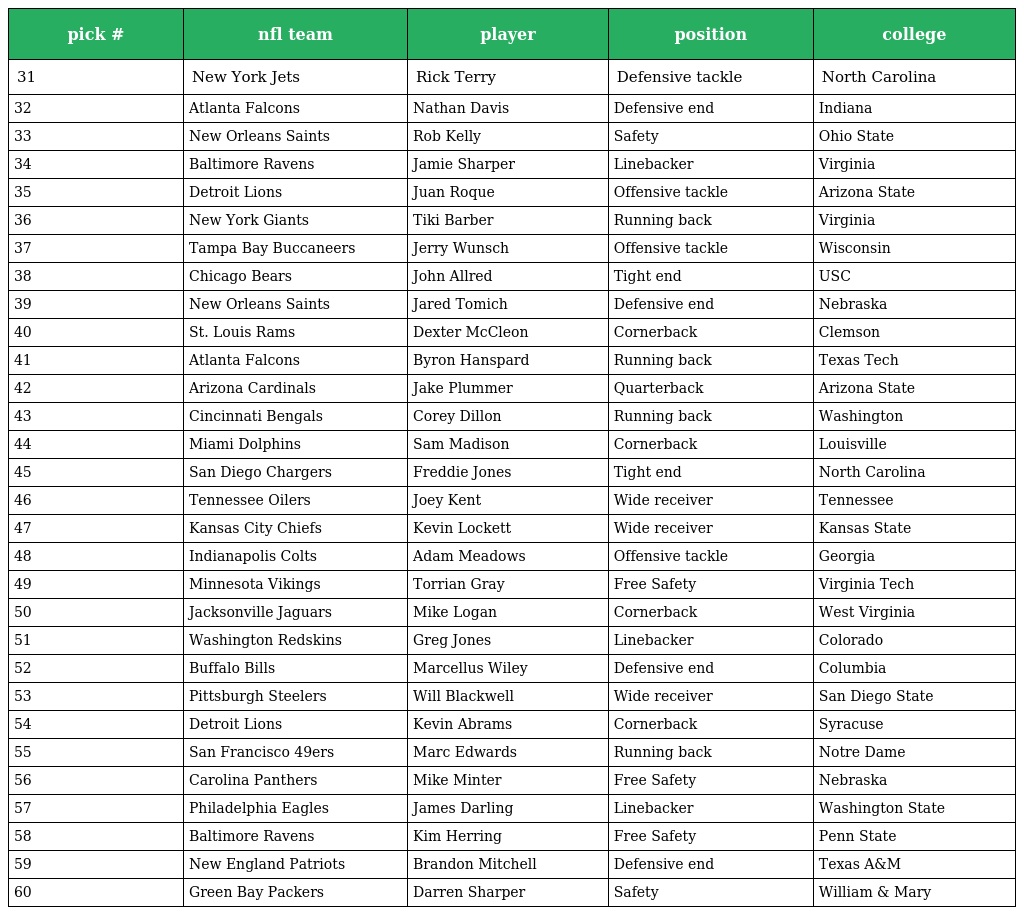
| pick # | nfl team | player | position | college |
 | --- | --- | --- | --- | --- |
 | 31 | New York Jets | Rick Terry | Defensive tackle | North Carolina |
 | 32 | Atlanta Falcons | Nathan Davis | Defensive end | Indiana |
 | 33 | New Orleans Saints | Rob Kelly | Safety | Ohio State |
 | 34 | Baltimore Ravens | Jamie Sharper | Linebacker | Virginia |
 | 35 | Detroit Lions | Juan Roque | Offensive tackle | Arizona State |
 | 36 | New York Giants | Tiki Barber | Running back | Virginia |
 | 37 | Tampa Bay Buccaneers | Jerry Wunsch | Offensive tackle | Wisconsin |
 | 38 | Chicago Bears | John Allred | Tight end | USC |
 | 39 | New Orleans Saints | Jared Tomich | Defensive end | Nebraska |
 | 40 | St. Louis Rams | Dexter McCleon | Cornerback | Clemson |
 | 41 | Atlanta Falcons | Byron Hanspard | Running back | Texas Tech |
 | 42 | Arizona Cardinals | Jake Plummer | Quarterback | Arizona State |
 | 43 | Cincinnati Bengals | Corey Dillon | Running back | Washington |
 | 44 | Miami Dolphins | Sam Madison | Cornerback | Louisville |
 | 45 | San Diego Chargers | Freddie Jones | Tight end | North Carolina |
 | 46 | Tennessee Oilers | Joey Kent | Wide receiver | Tennessee |
 | 47 | Kansas City Chiefs | Kevin Lockett | Wide receiver | Kansas State |
 | 48 | Indianapolis Colts | Adam Meadows | Offensive tackle | Georgia |
 | 49 | Minnesota Vikings | Torrian Gray | Free Safety | Virginia Tech |
 | 50 | Jacksonville Jaguars | Mike Logan | Cornerback | West Virginia |
 | 51 | Washington Redskins | Greg Jones | Linebacker | Colorado |
 | 52 | Buffalo Bills | Marcellus Wiley | Defensive end | Columbia |
 | 53 | Pittsburgh Steelers | Will Blackwell | Wide receiver | San Diego State |
 | 54 | Detroit Lions | Kevin Abrams | Cornerback | Syracuse |
 | 55 | San Francisco 49ers | Marc Edwards | Running back | Notre Dame |
 | 56 | Carolina Panthers | Mike Minter | Free Safety | Nebraska |
 | 57 | Philadelphia Eagles | James Darling | Linebacker | Washington State |
 | 58 | Baltimore Ravens | Kim Herring | Free Safety | Penn State |
 | 59 | New England Patriots | Brandon Mitchell | Defensive end | Texas A&M |
 | 60 | Green Bay Packers | Darren Sharper | Safety | William & Mary |